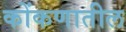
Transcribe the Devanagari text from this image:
कोंकणातील